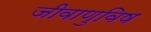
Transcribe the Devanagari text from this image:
जीवाणुविष